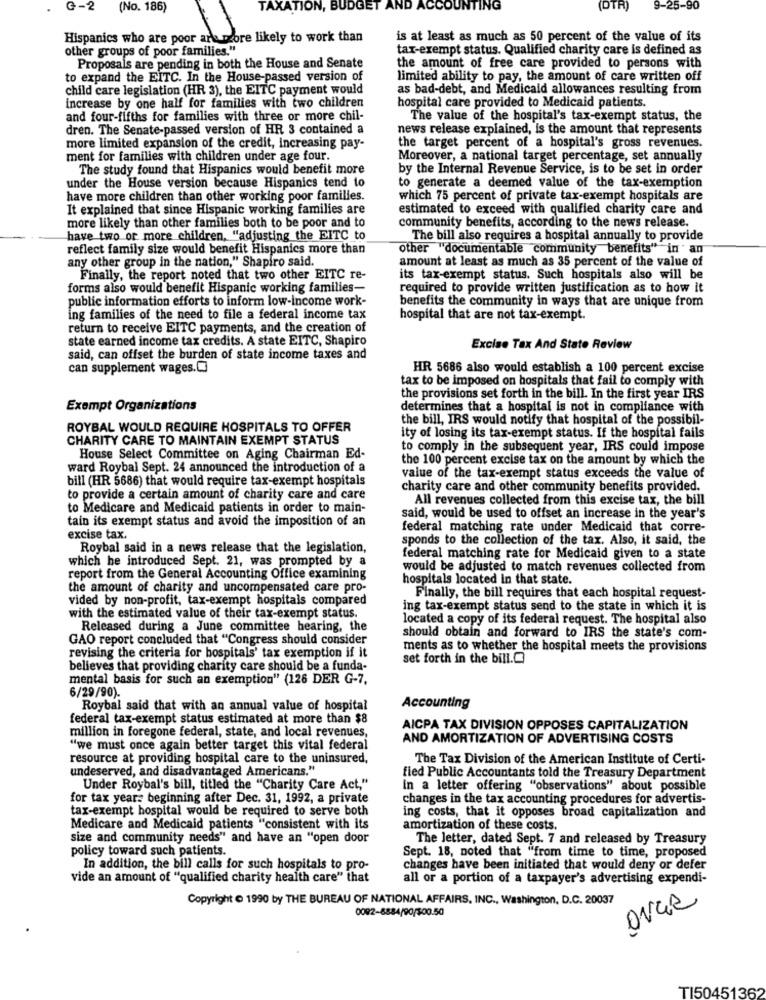
G-2
(No. 186)
TAXATIO
BUDGE
(DTR)
9-25-90
Hispanics who are poor are more likely to work than
is at least as much as 50 percent of the value of its
other groups of poor families."
tax-exempt status. Qualified charity care is defined as
Proposals are pending in both the House and Senate
the amount of free care provided to persons with
to expand the EITC. In the House-passed version of
limited ability to pay, the amount of care written off
child care legislation (HR 3), the EITC payment would
as bad-debt, and Medicaid allowances resulting from
increase by one half for families with two children
hospital care provided to Medicaid patients.
and four-fifths for families with three or more chil-
The value of the hospital's tax-exempt status, the
dren. The Senate-passed version of HR 3 contained a
news release explained, is the amount that represents
more limited expansion of the credit, increasing pay-
the target percent of a hospital's gross revenues.
ment for families with children under age four.
Moreover, a national target percentage, set annually
The study found that Hispanics would benefit more
by the Internal Revenue Service, is to be set in order
under the House version because Hispanics tend to
to generate a deemed value of the tax-exemption
have more children than other working poor familles.
which 75 percent of private tax-exempt hospitals are
It explained that since Hispanic working families are
estimated to exceed with qualified charity care and
more likely than other families both to be poor and to
community benefits, according to the news release.
have two or more children, "adjusting the EITC to
The bill also requires a hospital annually to provide
reflect family size would benefit Hispanics more than
other "documentable community benefits" inan
any other group in the nation," Shapiro said.
amount at least as much as 35 percent of the value of
Finally, the report noted that two other EITC re-
its tax-exempt status. Such hospitals also will be
forms also would benefit Hispanic working families-
required to provide written justification as to how it
public information efforts to inform low-income work-
benefits the community in ways that are unique from
ing families of the need to file a federal income tax
hospital that are not tax-exempt.
return to receive EITC payments, and the creation of
state earned income tax credits. A state EITC, Shapiro
Excise Tax And State Review
said, can offset the burden of state income taxes and
can supplement wages.[
HR 5686 also would establish a 100 percent excise
tax to be imposed on hospitals that fail to comply with
the provisions set forth in the bill. In the first year IRS
Exempt Organizations
determines that a hospital is not in compliance with
the bill, IRS would notify that hospital of the possibil-
ROYBAL WOULD REQUIRE HOSPITALS TO OFFER
CHARITY CARE TO MAINTAIN EXEMPT STATUS
ity of losing its tax-exempt status. If the hospital fails
to comply in the subsequent year, IRS could impose
House Select Committee on Aging Chairman Ed-
the 100 percent excise tax on the amount by which the
ward Roybal Sept. 24 announced the introduction of a
bill (HR 5686) that would require tax-exempt hospitals
value of the tax-exempt status exceeds the value of
charity care and other community benefits provided.
to provide a certain amount of charity care and care
All revenues collected from this excise tax, the bill
to Medicare and Medicaid patients in order to main-
tain its exempt status and avoid the imposition of an
said, would be used to offset an increase in the year's
federal matching rate under Medicaid that corre-
excise tax.
sponds to the collection of the tax. Also, it said, the
Roybal said in a news release that the legislation,
which he introduced Sept. 21, was prompted by a
federal matching rate for Medicaid given to a state
would be adjusted to match revenues collected from
report from the General Accounting Office examining
hospitals located In that state.
the amount of charity and uncompensated care pro-
vided by non-profit, tax-exempt hospitals compared
Finally, the bill requires that each hospital request-
ing tax-exempt status send to the state in which it is
with the estimated value of their tax-exempt status.
located a copy of its federal request. The hospital also
Released during a June committee hearing, the
GAO report concluded that "Congress should consider
should obtain and forward to IRS the state's com-
revising the criteria for bospitals' tax exemption if it
ments as to whether the hospital meets the provisions
set forth in the bill.C
believes that providing charity care should be a funda-
mental basis for such an exemption" (126 DER G-7,
6/29/90).
Roybal said that with an annual value of hospital
Accounting
federal tax-exempt status estimated at more than $8
million in foregone federal, state, and local revenues,
AICPA TAX DIVISION OPPOSES CAPITALIZATION
AND AMORTIZATION OF ADVERTISING COSTS
"we must once again better target this vital federal
resource at providing hospital care to the uninsured,
The Tax Division of the American Institute of Certi-
undeserved, and disadvantaged Americans."
fied Public Accountants told the Treasury Department
Under Roybal's bill, titled the "Charity Care Act,"
in a letter offering "observations" about possible
for tax years beginning after Dec. 31, 1992, a private
changes in the tax accounting procedures for advertis-
tax-exempt hospital would be required to serve both
ing costs, that it opposes broad capitalization and
Medicare and Medicaid patients "consistent with its
amortization of these costs.
size and community needs" and have an "open door
The letter, dated Sept. 7 and released by Treasury
policy toward such patients.
Sept. 18, noted that "from time to time, proposed
In addition, the bill calls for such hospitals to pro-
changes have been initiated that would deny or defer
vide an amount of "qualified charity health care" that
all or a portion of a taxpayer's advertising expendi-
Copyright & 1990 by THE BUREAU OF NATIONAL AFFAIRS, INC ., Washington, D.C. 20037
0092-8884/90/500.50
TI50451362